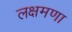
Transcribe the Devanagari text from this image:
लक्षमणा